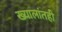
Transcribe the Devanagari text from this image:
ख्यालांतही